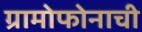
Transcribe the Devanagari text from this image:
ग्रामोफोनाची